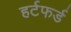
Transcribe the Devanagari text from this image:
हर्टफर्ड